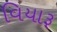
વિયારૂ